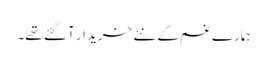
ہمارے غم کے نئے خریدار آ گئے تھے۔